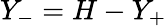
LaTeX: Y_{-}=H-Y_{+}